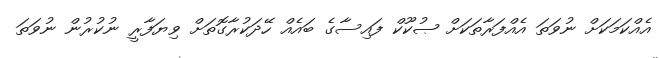
އެއްކަމަކަށް ނުވަތަ އެއްފަރާތަކަށް ޞުކޫކް ފައިސާގެ ބައެއް ހޭދަކުރާގޮތަށް ވިޔަފާރީ ނުކުރުން ނުވަތަ